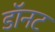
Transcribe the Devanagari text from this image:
डॉनट